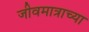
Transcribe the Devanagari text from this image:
जीवमात्राच्या